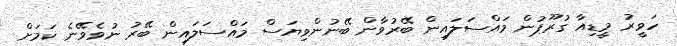
ހަވީރު މީޑިއާ ގުރޫޕުން މައްސަލައިން ބޭރުވާން ބޭނުންވިޔަސް މައްސަލައިން ބޭރު ނުވެވޭނެ ކަމަށް